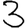
Digit: 3